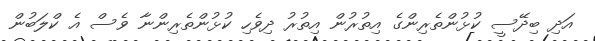
އަދި ބިދޭސީ ކުޅުންތެރިންގެ އިތުރުން އިތުރު ދިވެހި ކުޅުންތެރިންނާ ވެސް އެ ކްލަބުން